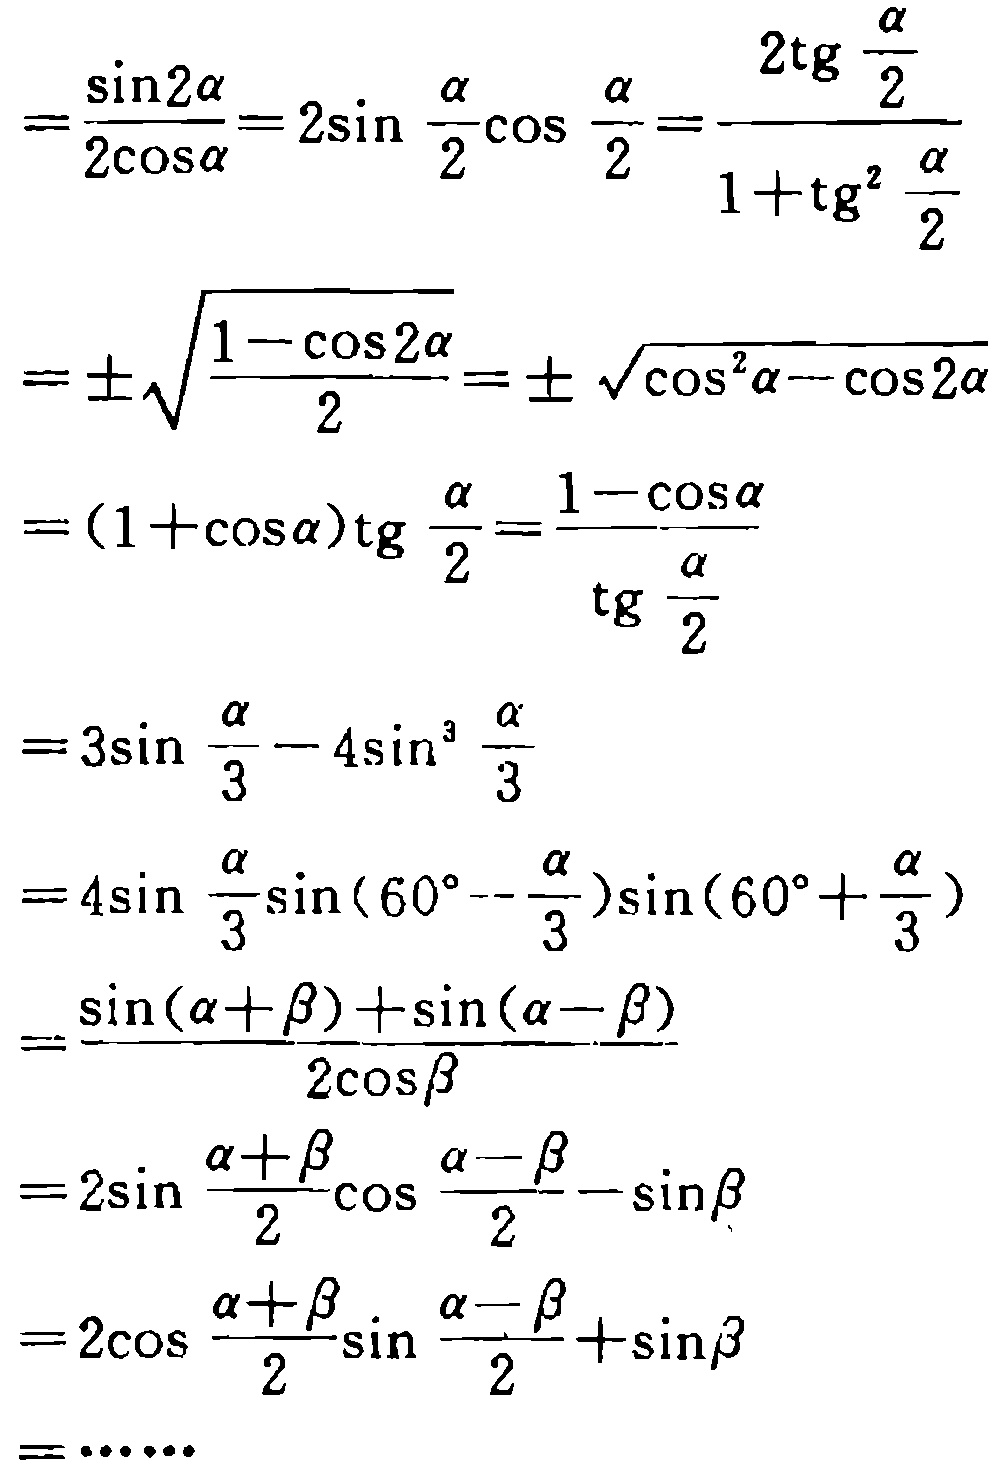
\[

\begin{align*}

&=\frac{\sin2\alpha}{2\cos\alpha}=2\sin\frac{\alpha}{2}\cos\frac{\alpha}{2}=\frac{2\mathrm{tg}\frac{\alpha}{2}}{1 + \mathrm{tg}^{2}\frac{\alpha}{2}}\\

&=\pm\sqrt{\frac{1 - \cos2\alpha}{2}}=\pm\sqrt{\cos^{2}\alpha - \cos2\alpha}\\

&=(1 + \cos\alpha)\mathrm{tg}\frac{\alpha}{2}=\frac{1 - \cos\alpha}{\mathrm{tg}\frac{\alpha}{2}}\\

&=3\sin\frac{\alpha}{3}-4\sin^{3}\frac{\alpha}{3}\\

&=4\sin\frac{\alpha}{3}\sin(60^{\circ}-\frac{\alpha}{3})\sin(60^{\circ}+\frac{\alpha}{3})\\

&=\frac{\sin(\alpha+\beta)+\sin(\alpha - \beta)}{2\cos\beta}\\

&=2\sin\frac{\alpha+\beta}{2}\cos\frac{\alpha - \beta}{2}-\sin\beta\\

&=2\cos\frac{\alpha+\beta}{2}\sin\frac{\alpha - \beta}{2}+\sin\beta\\

&=\cdots\cdots

\end{align*}

\]